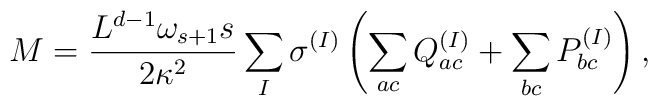
M=\frac{L^{d-1}\omega_{s+1} s}{2\kappa^2}                 \sum_I \sigma^{(I)}     \left(\sum_{ac} Q_{ac}^{(I)}+\sum_{bc} P_{bc}^{(I)}\right),